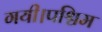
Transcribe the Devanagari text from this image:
गयी।पश्चिम